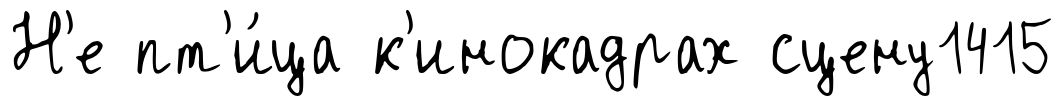
Н'е пт'и́ца к'инокадрах сцену1415